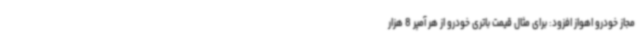
مجاز خودرو اهواز افزود: برای مثال قیمت باتری خودرو از هر آمپر 8 هزار